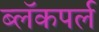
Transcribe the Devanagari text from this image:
ब्लॅकपर्ल